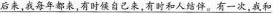
\underline{后来，我每年都来，有时候自己来，有时和人结伴。有一次，我和}